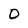
Character: 0